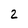
Character: 2